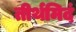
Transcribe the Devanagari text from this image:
तीर्थमिदं